Madras plague regulations and rules - Volume 2
Disease focus: Plague
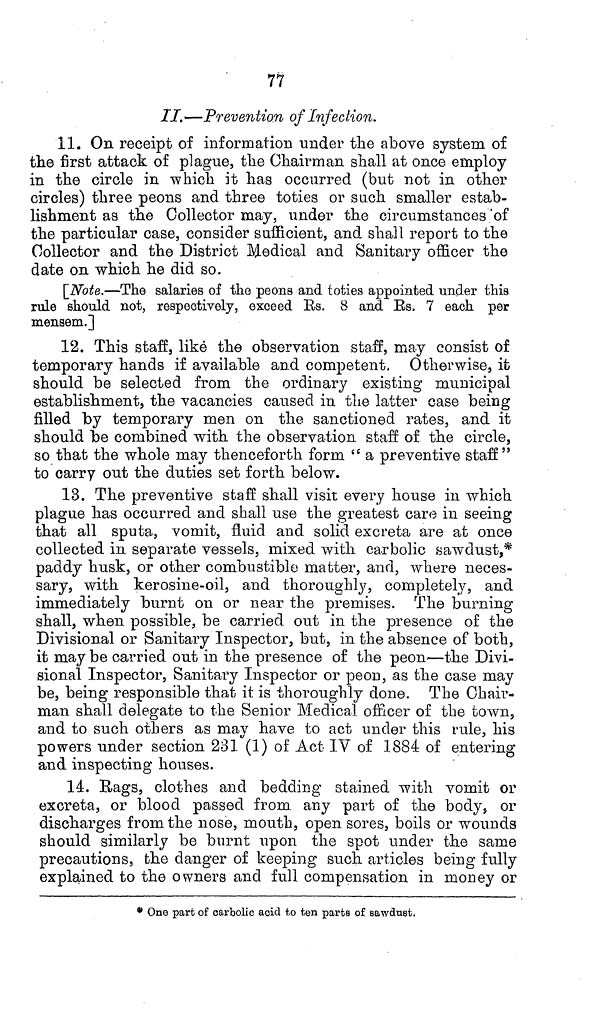
77
II.—Prevention of Infection.
11. On receipt of information under the above system of
the first attack of plague, the Chairman shall at once employ
in the circle in which it has occurred (but not in other
circles) three peons and three toties or such smaller estab-
lishment as the Collector may, under the circumstances of
the particular case, consider sufficient, and shall report to the
Collector and the District Medical and Sanitary officer the
date on which he did so.
[Note.—The salaries of the peons and toties appointed under this
rule should not, respectively, exceed Rs. 8 and Rs. 7 each per
mensem.]
12. This staff, like the observation staff, may consist of
temporary hands if available and competent. Otherwise, it
should be selected from the ordinary existing municipal
establishment, the vacancies caused in the latter case being
filled by temporary men on the sanctioned rates, and it
should be combined with the observation staff of the circle,
so that the whole may thenceforth form "a preventive staff"
to carry out the duties set forth below.
13. The preventive staff shall visit every house in which
plague has occurred and shall use the greatest care in seeing
that all sputa, vomit, fluid and solid excreta are at once
collected in separate vessels, mixed with carbolic sawdust,*
paddy husk, or other combustible matter, and, where neces-
sary, with kerosine-oil, and thoroughly, completely, and
immediately burnt on or near the premises. The burning
shall, when possible, be carried out in the presence of the
Divisional or Sanitary Inspector, but, in the absence of both,
it may be carried out in the presence of the peon—the Divi-
sional Inspector, Sanitary Inspector or peon, as the case may
be, being responsible that it is thoroughly done. The Chair-
man shall delegate to the Senior Medical officer of the town,
and to such others as may have to act under this rule, his
powers under section 231 (1) of Act IV of 1884 of entering
and inspecting houses.
14. Rags, clothes and bedding stained with vomit or
excreta, or blood passed from any part of the body, or
discharges from the nose, mouth, open sores, boils or wounds
should similarly be burnt upon the spot under the same
precautions, the danger of keeping such articles being fully
explained to the owners and full compensation in money or
* One part of carbolic acid to ten parts of sawdust.